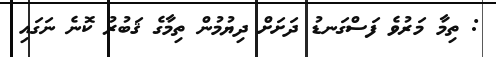
: ތިމާ މަރުވެ ފަސްގަނޑު ދަށަށް ދިޔުމުން ތިމާގެ ޤަބުރު ކޮނެ ނަގައި